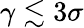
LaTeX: \gamma\lesssim 3\sigma